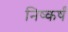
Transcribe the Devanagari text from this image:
निष्कर्षं